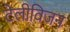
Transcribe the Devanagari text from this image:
टेलीविजन